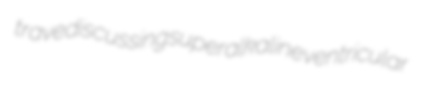
trave discussing superalkaline ventricular